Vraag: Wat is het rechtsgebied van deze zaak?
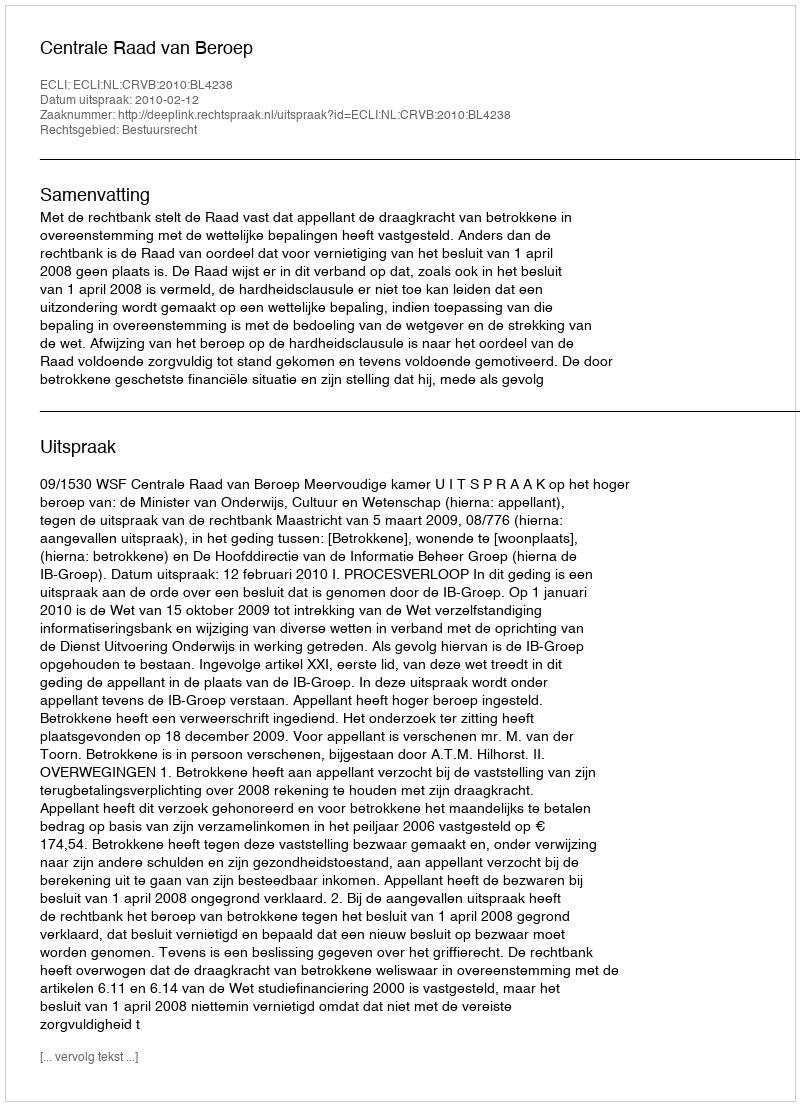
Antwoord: Bestuursrecht